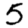
Digit: 5